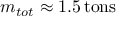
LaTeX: m _ { t o t } \approx 1 . 5 \, { \mathrm { t o n s } }